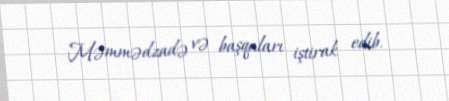
Məmmədzadə və başqaları iştirak edib.